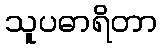
သူပဓာရိတာ